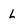
Character: L